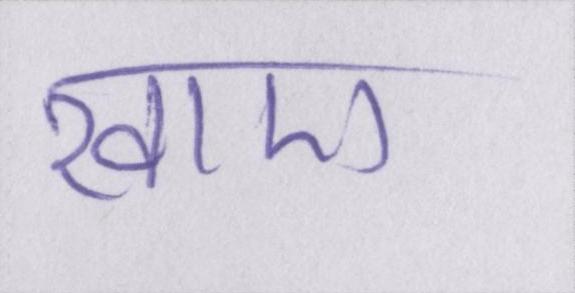
खाए